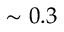
\sim 0 . 3